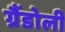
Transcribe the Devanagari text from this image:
ग्रैंडोली